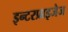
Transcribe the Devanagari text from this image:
इन्टरप्राइजेज